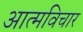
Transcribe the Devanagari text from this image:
आत्मविचार